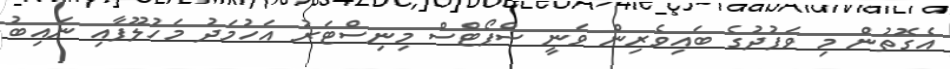
އެގޮތުން މި ވަފުދުގެ ބައިވެރިން ވަނީ ސްޕޯޓްސް މިނިސްޓަރު އަހުމަދު މަހުލޫފާއި ނައިބު